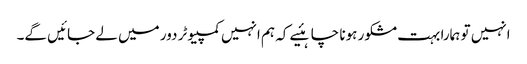
انہیں تو ہمارا بہت مشکور ہونا چاہئیے کہ ہم انہیں کمپیوٹر دور میں لے جائیں گے۔